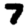
Digit: 7